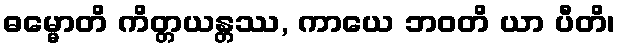
ဓမ္မောတိ ကိတ္တယန္တဿ, ကာယေ ဘဝတိ ယာ ပီတိ၊